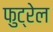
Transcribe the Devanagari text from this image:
फुट्रेल